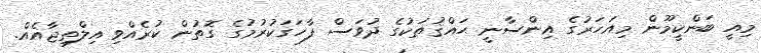
މިއީ ބަންކީމޫން މިއަހަރުގެ އިންސާނީ ޙައްޤުތަކުގެ ދުވަސް ފާހަގަކުރުމުގެ ގޮތުން ކުރެއްވި އިލްތިޖާއެއް.